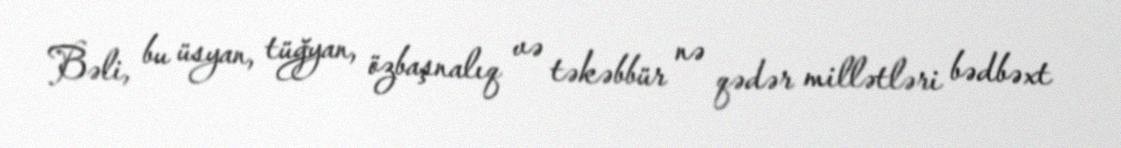
Bəli, bu üsyan, tüğyan, özbaşnalıq və təkəbbür nə qədər millətləri bədbəxt